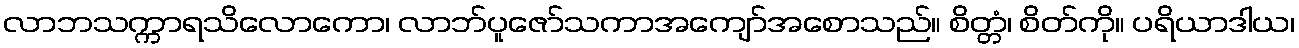
လာဘသက္ကာရသိလောကော၊ လာဘ်ပူဇော်သကာအကျော်အစောသည်။ စိတ္တံ၊ စိတ်ကို။ ပရိယာဒါယ၊